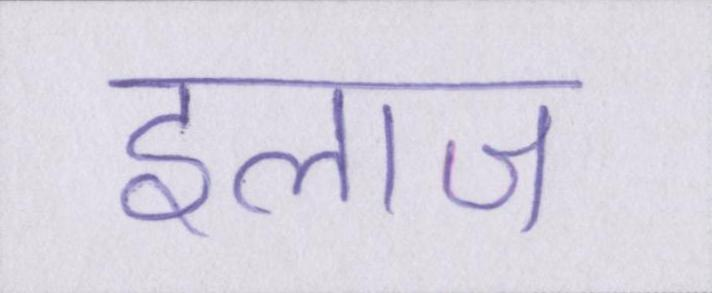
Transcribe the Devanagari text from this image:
इलाज